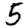
Digit: 5